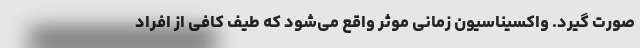
صورت گیرد. واکسیناسیون زمانی موثر واقع می‌شود که طیف کافی از افراد